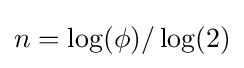
n=\log(\phi )/\log(2)